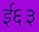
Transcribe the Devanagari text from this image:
ई६३